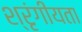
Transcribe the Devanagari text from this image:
श्रृंगीयता